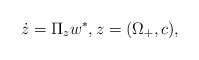
\begin{align*}\dot z=\Pi_z w^\ast, z = (\Omega_+,c),\end{align*}